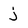
Character: j